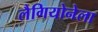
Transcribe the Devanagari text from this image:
लैगियोनेला